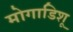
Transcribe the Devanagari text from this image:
मोगाडिशू